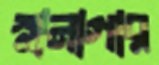
স্নানাগার